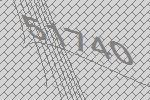
51740